Indian journal of veterinary science and animal husbandry - Volume 12,
Year: 1942
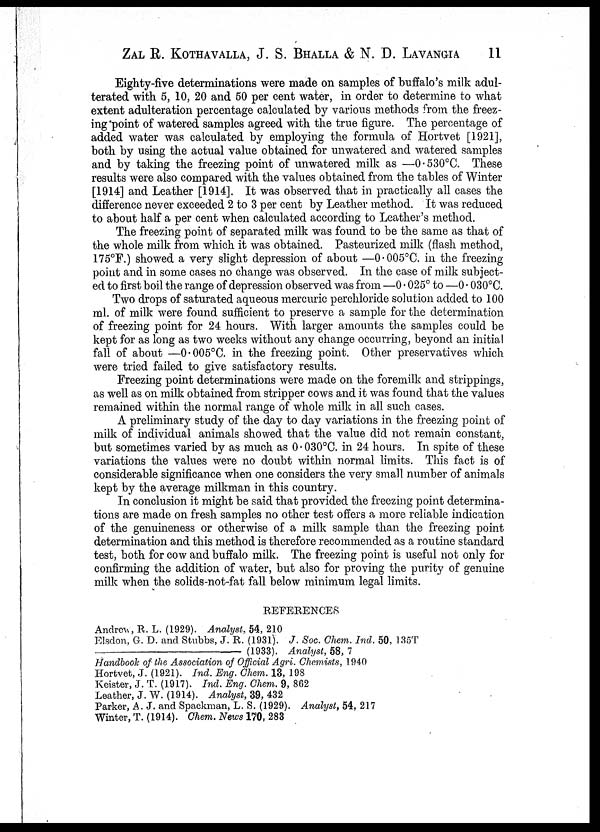
ZAL R. KOTHAVALLA, J. S. BHALLA & N. D. LAVANGIA 11
Eighty-five determinations were made on samples of buffalo's milk adul-
terated with 5, 10, 20 and 50 per cent water, in order to determine to what
extent adulteration percentage calculated by various methods from the freez-
ing'point of watered samples agreed with the true figure. The percentage of
added water was calculated by employing the formula of Hortvet [1921],
both by using the actual value obtained for unwatered and watered samples
and by taking the freezing point of unwatered milk as —0.530°C. These
results were also compared with the values obtained from the tables of Winter
[1914] and Leather [1914]. It was observed that in practically all cases the
difference never exceeded 2 to 3 per cent by Leather method. It was reduced
to about half a per cent when calculated according to Leather's method.
The freezing point of separated milk was found to be the same as that of
the whole milk from which it was obtained. Pasteurized milk (flash method,
175°F.) showed a very slight depression of about —0.005°C. in the freezing-
point and in some cases no change was observed. In the case of milk subject-
ed to first boil the range of depression observed was from —0.025° to —0.030°C.
Two drops of saturated aqueous mercuric perchloride solution added to 100
ml. of milk were found sufficient to preserve a sample for the determination
of freezing point for 24 hours. With larger amounts the samples could be
kept for as long as two weeks without any change occurring, beyond an initial
fall of about —0.005°C. in the freezing point. Other preservatives which
were tried failed to give satisfactory results.
Freezing point determinations were made on the foremilk and strippings,
as well as on milk obtained from stripper cows and it was found that the values
remained within the normal range of whole milk in all such cases.
A preliminary study of the day to day variations in the freezing point of
milk of individual animals showed that the value did not remain constant,
but sometimes varied by as much as 0.030°C. in 24 hours. In spite of these
variations the values were no doubt within normal limits. This fact is of
considerable significance when one considers the very small number of animals
kept by the average milkman in this country.
In conclusion it might be said that provided the freezing point determina-
tions are made on fresh samples no other test offers a more reliable indication
of the genuineness or otherwise of a milk sample than the freezing point
determination and this method is therefore recommended as a routine standard
test, both for cow and buffalo milk. The freezing point is useful not only for
confirming the addition of water, but also for proving the purity of genuine
milk when the solids-not-fat fall below minimum legal limits.
REFERENCES
Andrew, R. L. (1929). Analyst, 54, 210
Elsdon, G. D. and Stubbs, J. R. (1931). J. Soc. Chem. Ind. 50, 135T
—
(1933). Analyst, 58, 7
Handbook of the Association of Official Agri. Chemists, 1940
Hortvet, J. (1921). Ind. Eng. Chem. 13, 198
Keister, J. T. (1917). Ind. Eng. Chem. 9, 862
Leather, J. W. (1914). Analyst, 39, 432
Parker, A. J. and Spackman, L. S. (1929). Analyst, 54, 217
Winter, T. (1914). Chem. News 170, 283